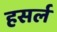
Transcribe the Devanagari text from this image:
हसर्ल